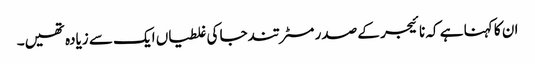
ان کا کہنا ہے کہ نائیجر کے صدر مسٹر تندجا کی غلطیاں ایک سے زیادہ تھیں۔